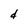
Character: d